Investigations into the jail dietaries of the United Provinces with some observations on the influence of dietary on the physical development and well-being of the people of the United Provinces - Number 48
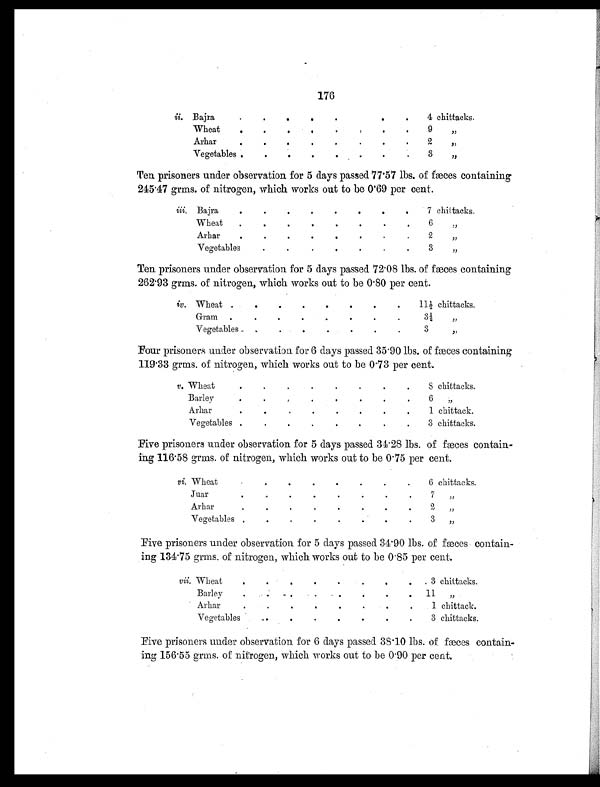
176
ii. Bajr a
.
.
.
.
.
. . .
4 chittacks.
Wheat
.
.
. . . . . .
9 ,,
Arhar
.
.
. . . .
.
.
2 ,,
Vegetables
.
.
.
.
.
.
.
.
3 ,,
Ten prisoners under observation for 5 days passed 77.57 lbs. of fæces containing
245.47 grms. of nitrogen, which works out to be 0.69 per cent.
iii. Bajra
.
. . .
.
.
.
.
7 chittacks.
Wheat
.
.
.
.
.
.
.
. 6 ,,
Arhar
.
.
.
.
.
.
.
.
2 ,,
Vegetable
s
.
.
.
.
.
.
. 3 ,,
Ten prisoners under observation for 5 days passed 72.08 lbs. of fæces containing
262.93 grms. of nitrogen, which works out to be 0.80 per cent.
iv. Wheat .
. . . . .
.
.
11½ chittacks.
Gram
.
.
.
.
.
.
.
.
3 ½ , ,
Vegetables
.
.
.
.
.
.
.
3 , ,
Four prisoners under observation for 6 days passed 35.90 lbs. of fæces containing
119.33 grms. of nitrogen, which works out to be 0.73 per cent.
v. Wheat
.
.
.
.
.
.
.
.
8 chittacks.
Barley
.
.
. .
.
.
.
.
6 ,,
Arha r
.
.
.
.
.
.
.
.
1 chittack.
Vegetables .
.
.
.
.
.
.
.
3 chittacks.
Five prisoners under observation for 5 days passed 34.28 lbs. of fæces contain-
ing 116.58 grms. of nitrogen, which works out to be 0.75 per cent.
vi. Wheat
. .
.
.
.
.
.
.
6 chittacks.
Juar
.
.
.
.
.
.
.
.
7 , ,
Arha r
.
.
.
.
.
.
.
.
2 , ,
Vegetables .
.
.
.
.
.
.
. 3 , ,
Five prisoners under observation for 5 days passed. 34.90 lbs. of fæces contain
ing 134.75 grms. of nitrogen, which works out to be 0.85 per cent.
vii. Wheat
.
.
.
.
.
.
.
3 chittacks.
Barley
.
.
.
.
.
.
.
11 ,,
Arhar
.
.
.
.
.
.
.
1 chittack.
Vegetables
.
.
.
.
.
.
.
3 chittacks.
Five prisoners under observation for 6 days passed 38.10 lbs. of fæces contain-
ing 156.55 grms. of nitrogen, which works out to be 0.90 per cent.